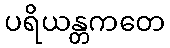
ပရိယန္တကတေ